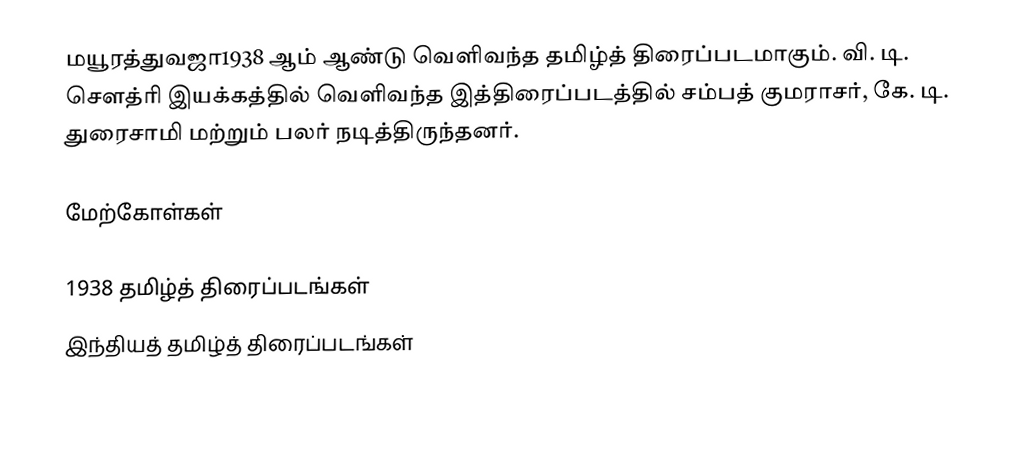
மயூரத்துவஜா1938 ஆம் ஆண்டு வெளிவந்த தமிழ்த் திரைப்படமாகும். வி. டி. சௌத்ரி இயக்கத்தில் வெளிவந்த இத்திரைப்படத்தில் சம்பத் குமராசர், கே. டி. துரைசாமி மற்றும் பலர் நடித்திருந்தனர்.

மேற்கோள்கள்

1938 தமிழ்த் திரைப்படங்கள்
இந்தியத் தமிழ்த் திரைப்படங்கள்